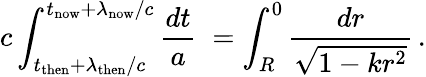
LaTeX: c\int_{t_{\mathrm{then}}+\lambda_{\mathrm{then}}/c}^{t_{\mathrm{now}}+\lambda_{\mathrm{now}}/c}{\frac{dt}{a}}\; =\int_{R}^{0}{\frac{dr}{\sqrt{1-kr^{2}}}}\, .